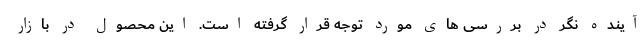
آینده نگر در بررسی های مورد توجه قرار گرفته است. این محصول در بازار